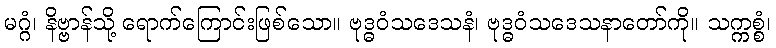
မဂ္ဂံ၊ နိဗ္ဗာန်သို့ ရောက်ကြောင်းဖြစ်သော။ ဗုဒ္ဓဝံသဒေသနံ၊ ဗုဒ္ဓဝံသဒေသနာတော်ကို။ သက္ကစ္စံ၊